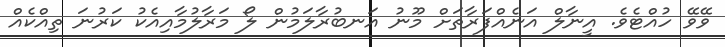
ވޭވޭ ހުއްޓެވެ. އީނާލް އަނެއްފަރާތަށް މޫނު އަނބުރާލަމުން ލޯ މަރާލުމާއިއެކު ކަރުނަ ތިއްކެއް